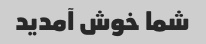
شما خوش آمدید